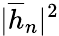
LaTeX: |\overline{{h}}_{n}|^{2}